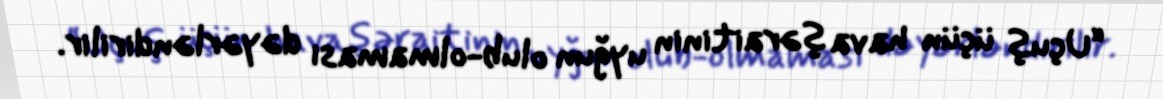
“Uçuş üçün hava şəraitinin uyğun olub-olmaması dəyərləndirilir.